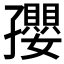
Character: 孾